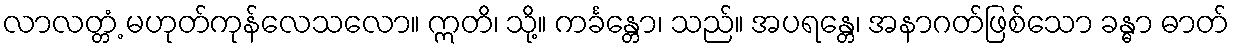
လာလတ္တံ့ မဟုတ်ကုန်လေသလော။ ဣတိ၊ သို့။ ကင်္ခန္တော၊ သည်။ အပရန္တေ၊ အနာဂတ်ဖြစ်သော ခန္ဓာ ဓာတ်